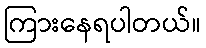
ကြားနေရပါတယ်။